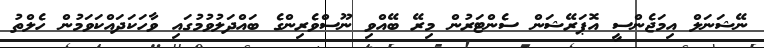
ނޭޝަނަލް އިމަޖެންސީ އޮޕަރޭޝަން ސެންޓަރުން މިރޭ ބޭއްވި ނޫސްވެރިންގެ ބައްދަލުވުމުގައި ވާހަކަދައްކަވަމުން ހެލްތު